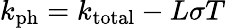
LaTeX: k_{\mathrm{ph}}=k_{\mathrm{total}}-L{\sigma}T